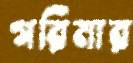
গরিমার